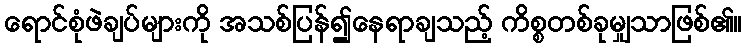
ရောင်စုံဖဲချပ်များကို အသစ်ပြန်၍နေရာချသည့် ကိစ္စတစ်ခုမျှသာဖြစ်၏။